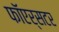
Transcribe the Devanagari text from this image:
फाॅएर्सटर